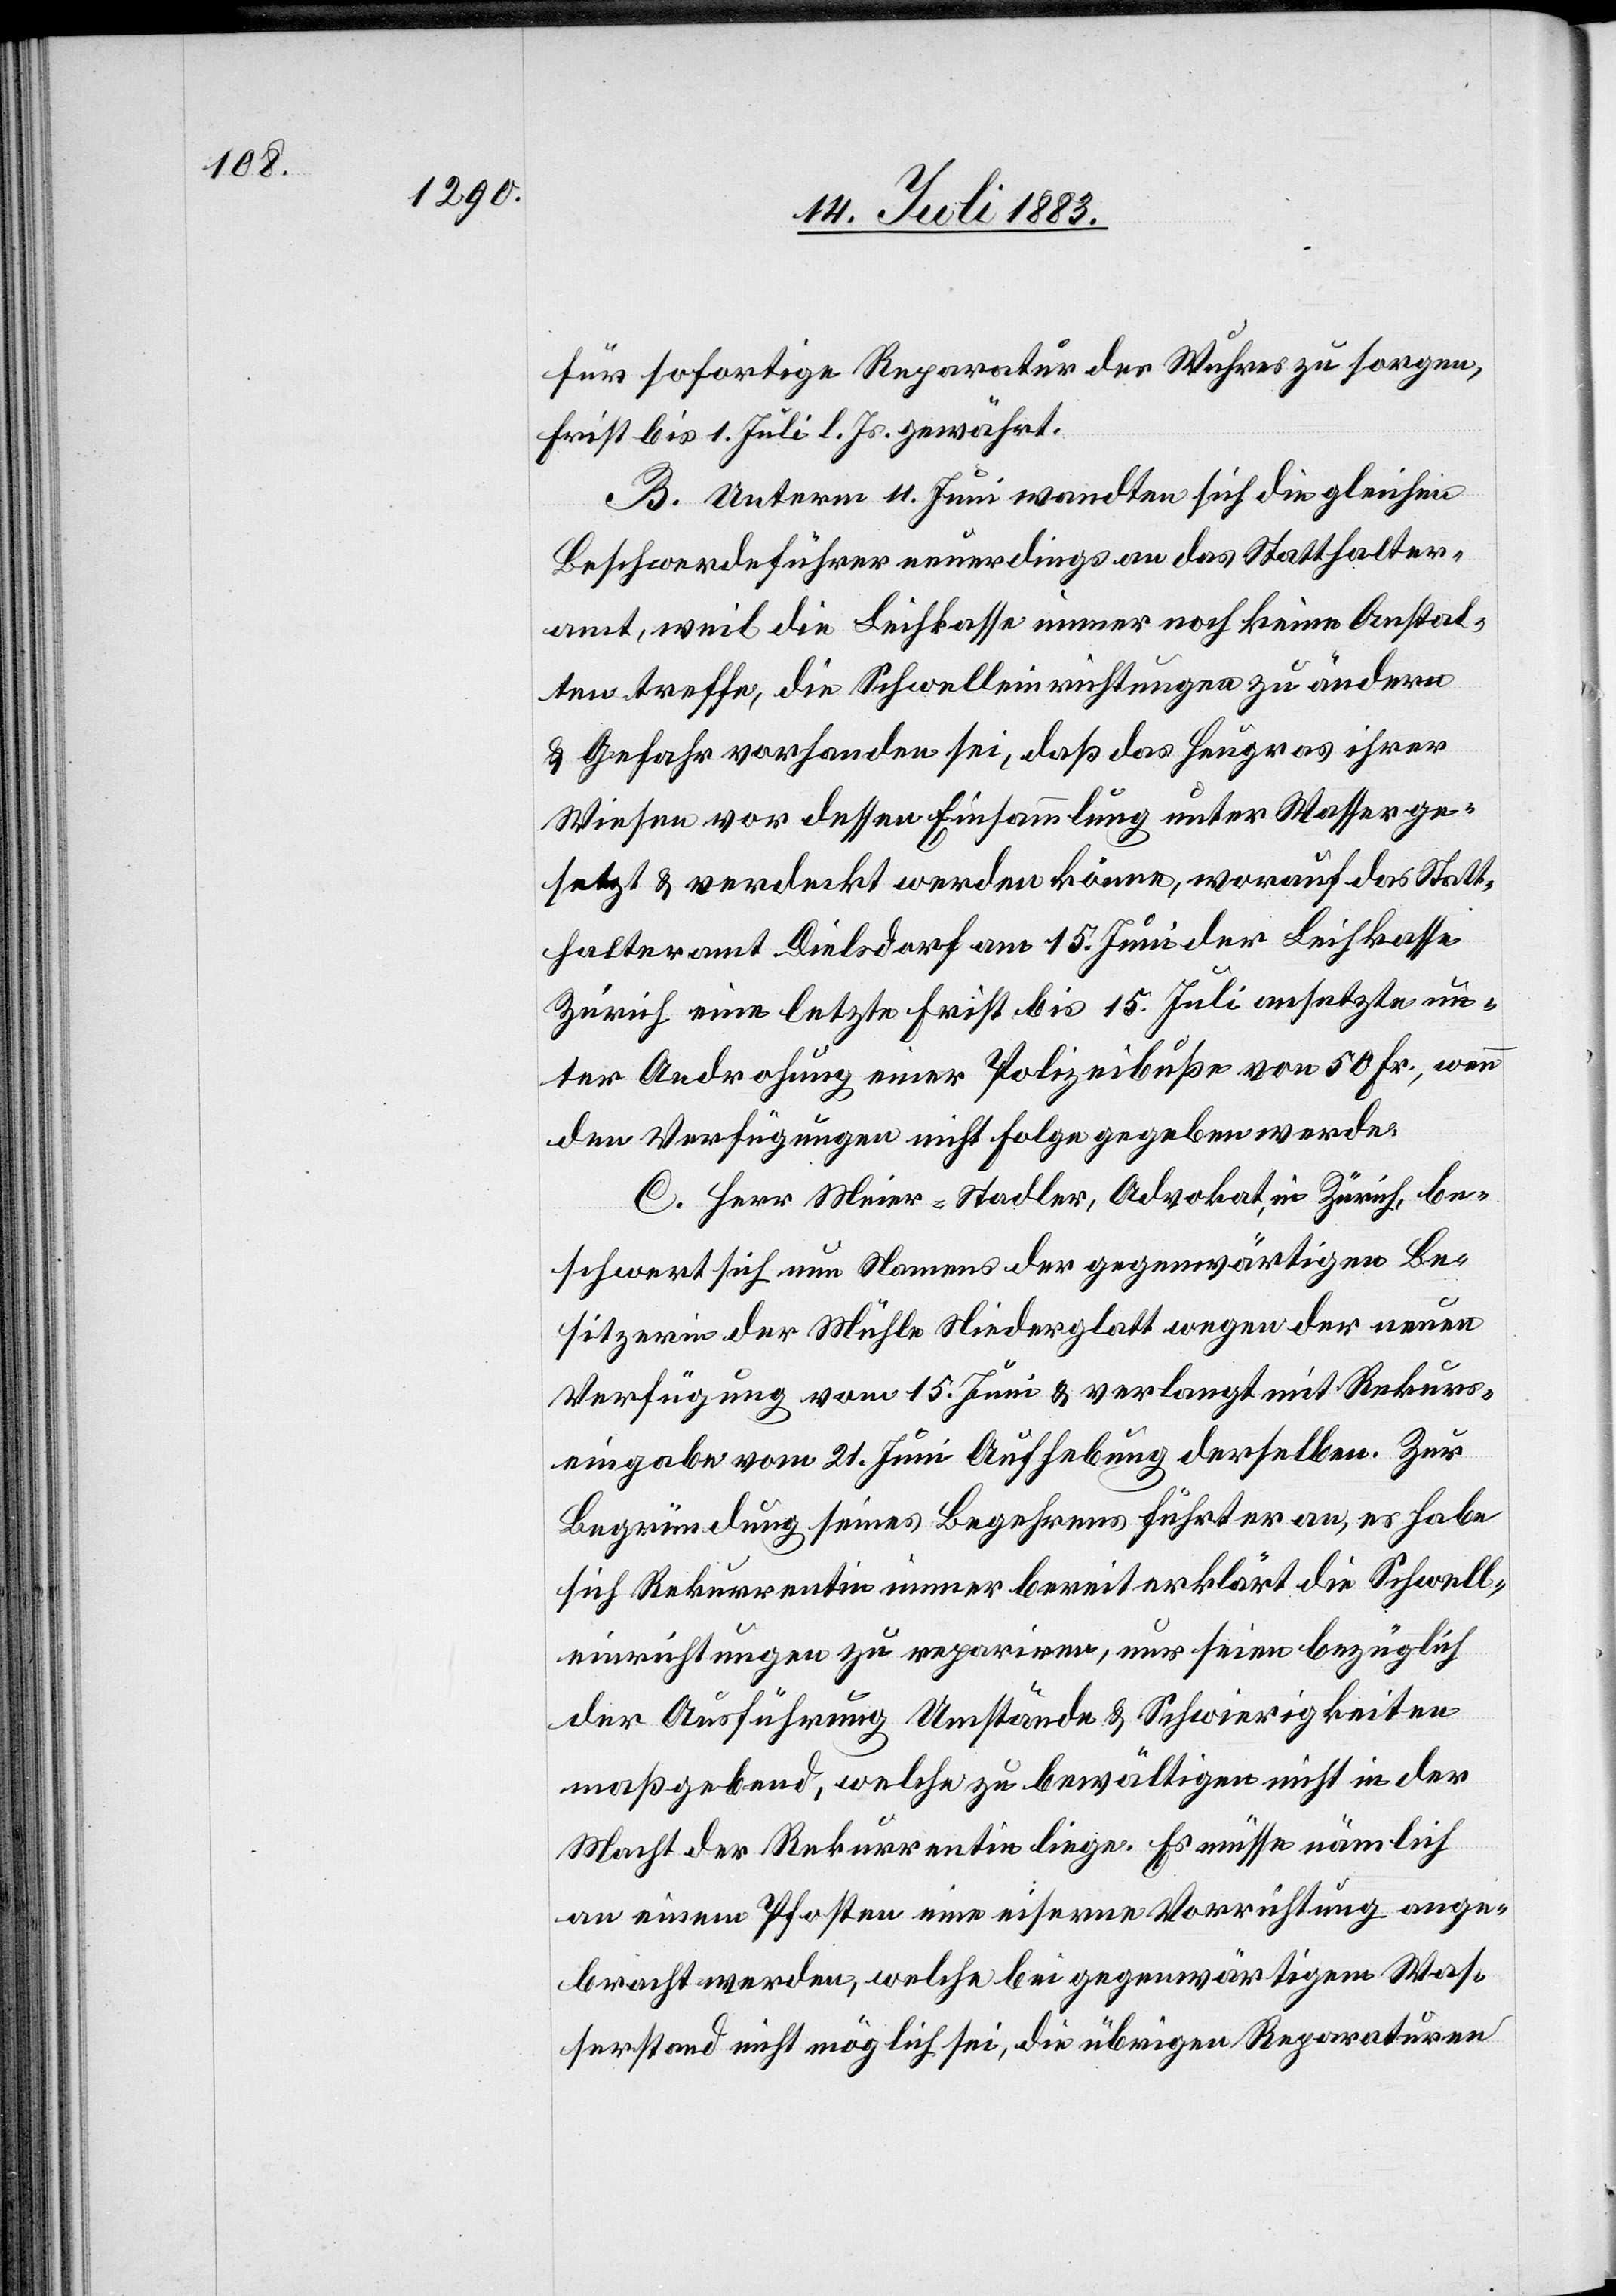
für sofortige Reparatur des Wuhres zu sorgen,
Frist bis 1. Juli d. Js. gewährt.
B. Unterm 11. Juni wandten sich die gleichen
Beschwerdeführer neuerdings an das Statthalter¬
amt, weil die Leihkasse immer noch keine Anstal¬
ten treffe, die Schwelleinrichtungen zu ändern
& Gefahr vorhanden sei, daß das Heugras ihrer
Wiesen vor dessen Einsammlung unter Wasser ge¬
setzt & verdeckt werden könne, worauf das Statt¬
halteramt Dielsdorf am 15. Juni der Leihkasse
Zürich eine letzte Frist bis 15. Juli ansetzt un¬
ter Androhung einer Polizeibuße von 50 Fr., wenn
den Verfügungen nicht Folge geleistet werde.
C. Herr Meier-Stadler, Advokat in Zürich, be¬
schwert sich nun Namens der gegenwärtigen Be¬
sitzerin der Mühle in Niederglatt wegen der neuen
Verfügung vom 15. Juni & verlangt mit Rekurs¬
eingabe vom 21. Juni Aufhebung derselben. Zur
Begründung seines Begehrens führt er an, es habe
sich Rekurrentin immer bereit erklärt die Schwell¬
einrichtungen zu repariren, nur seien bezüglich
der Ausführung Umstände & Schwierigkeiten
maßgebend, welche zu bewältigen nicht in der
Macht der Rekurrentin liege. Es müsse nämlich
an einem Pfosten eine eiserne Vorrichtung ange¬
bracht werden, welche bei gegenwärtigem Was¬
serstand nicht möglich sei, die übrigen Reparaturen